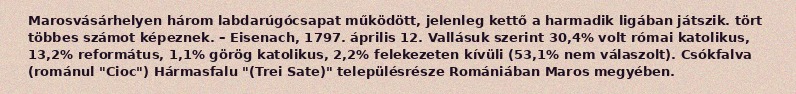
Marosvásárhelyen három labdarúgócsapat működött, jelenleg kettő a harmadik ligában játszik. tört többes számot képeznek. – Eisenach, 1797. április 12. Vallásuk szerint 30,4% volt római katolikus, 13,2% református, 1,1% görög katolikus, 2,2% felekezeten kívüli (53,1% nem válaszolt). Csókfalva (románul "Cioc") Hármasfalu "(Trei Sate)" településrésze Romániában Maros megyében.